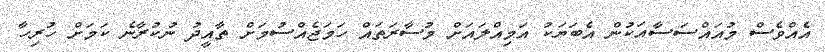
އެއްވެސް މުއައްސަސާއަކުން އެބަޔަކު އަމިއްލައަށް މުސާރަތައް ހަމަޖެއްސުމަށް ތާއީދު ނުކުރާނެ ކަމަށް ހުރިހާ